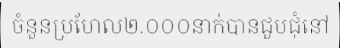
ចំនួនប្រហែល២.០០០នាក់បានជួបជុំនៅ